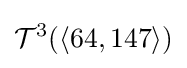
{\mathcal {T}}^{3}(\langle 64,147\rangle )